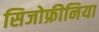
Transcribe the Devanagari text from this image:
सिजोफ्रीनिया